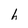
Character: h